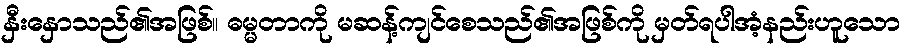
နှီးနှောသည်၏အဖြစ်။ ဓမ္မတာကို မဆန့်ကျင်စေသည်၏အဖြစ်ကို မှတ်ရပါအံ့နည်းဟူသော